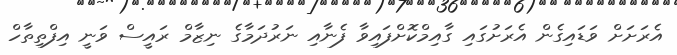
އެރަށަށް ވަޑައިގެން އެރަށުގައި ގާއިމްކޮށްފައިވާ ފެނާއި ނަރުދަމާގެ ނިޒާމް ރައީސް ވަނީ އިފްތިތާހް